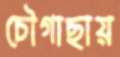
চৌগাছায়